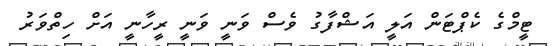
ޓީމްގެ ކެޕްޓަން އަލީ އަޝްފާގު ވެސް ވަނީ ވަނީ ރީހާނީ އަށް ހިތްވަރު